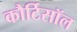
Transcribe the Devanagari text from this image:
कौर्टिसॉल